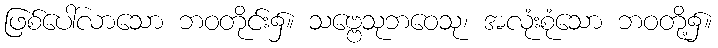
ဖြစ်ပေါ်လာသော ဘဝတိုင်း၌။ သဗ္ဗေသုဘဝေသု၊ အလုံးစုံသော ဘဝတို့၌။